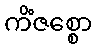
ကိံဇစ္စော